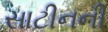
સાટીનની